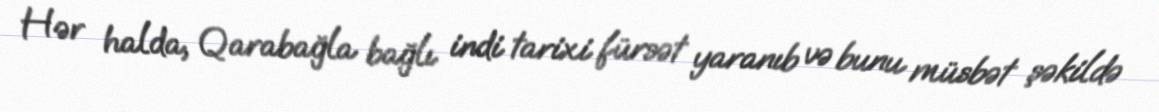
Hər halda, Qarabağla bağlı indi tarixi fürsət yaranıb və bunu müsbət şəkildə